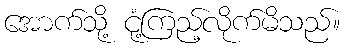
အောက်သို့ ငုံ့ကြည့်လိုက်မိသည်။